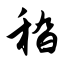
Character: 嵇